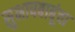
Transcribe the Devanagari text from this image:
सुभाषबाबूंचा